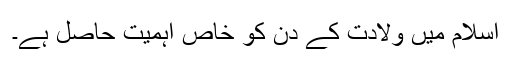
اِسلام میں ولادت کے دن کو خاص اَہمیت حاصل ہے۔